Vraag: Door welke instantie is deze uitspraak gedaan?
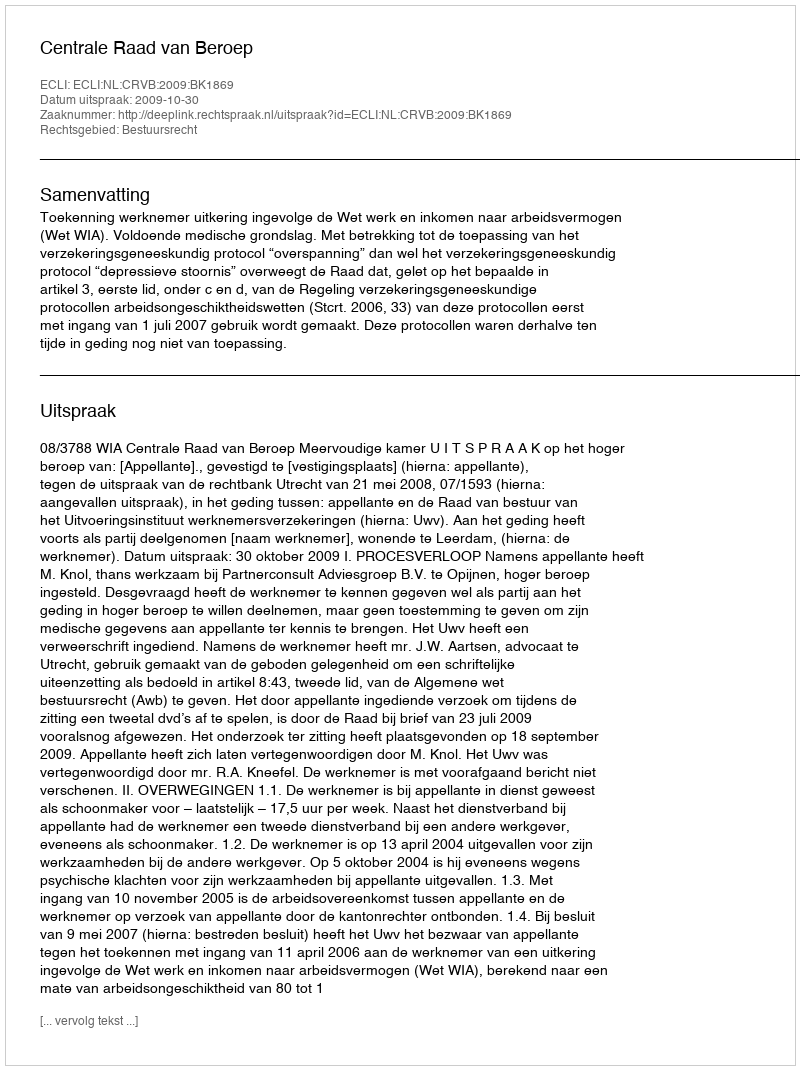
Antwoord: Centrale Raad van Beroep